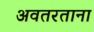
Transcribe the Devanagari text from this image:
अवतरताना